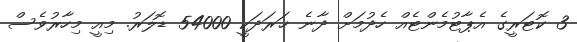
3 ކޮޓަރީގެ އެޕާޓުމެންޓެއް ހެދުމަށް ދާނެ ޚަރަދަކީ 54000 ޑޮލަރު. މިއީ މިހާރުވެސް